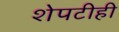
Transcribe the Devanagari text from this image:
शेपटीही